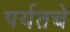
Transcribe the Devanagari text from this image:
पर्यतचे